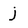
Character: j